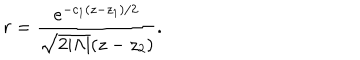
r = { \frac { e ^ { - c _ { 1 } ( z - z _ { 1 } ) / 2 } } { \sqrt { 2 | \Lambda | } ( z - z _ { 2 } ) } } .